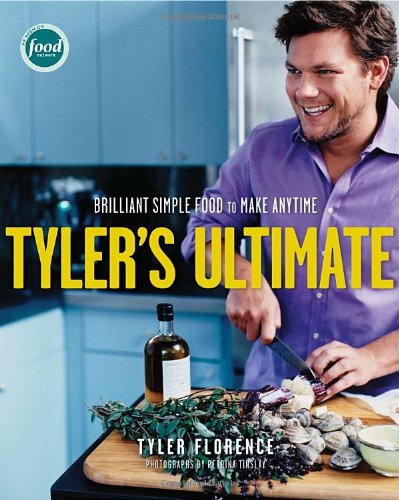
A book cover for Tyler's Ultimate: Brilliant Simple Food to Make Any Time; Tyler Florence; Cookbooks, Food & Wine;